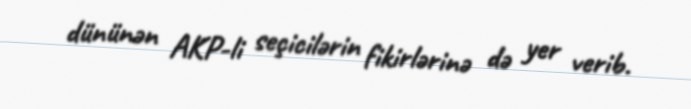
dününən AKP-li seçicilərin fikirlərinə də yer verib.